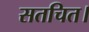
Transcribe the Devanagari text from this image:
सतचित।